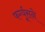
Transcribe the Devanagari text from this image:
फर्ग्यूसने